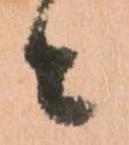
々